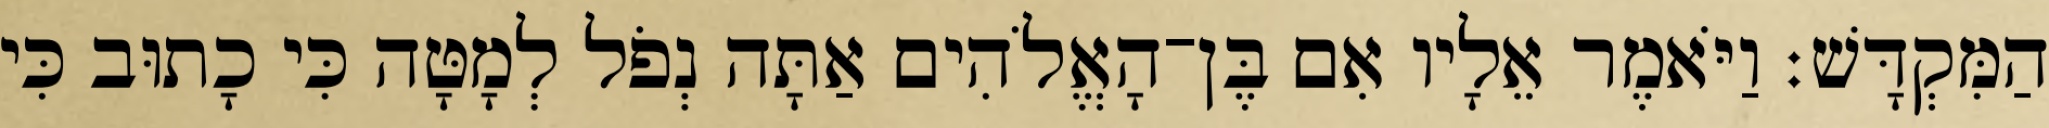
הַמִּקְדָּשׁ׃ וַיֹּאמֶר אֵלָיו אִם בֶּן־הָאֱלֹהִים אַתָּה נְפֹל לְמָטָּה כִּי כָתוּב כִּי